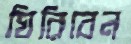
ঘিরিবেন